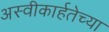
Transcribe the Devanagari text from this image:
अस्वीकार्हतेच्या